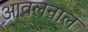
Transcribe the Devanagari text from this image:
आवलनाल